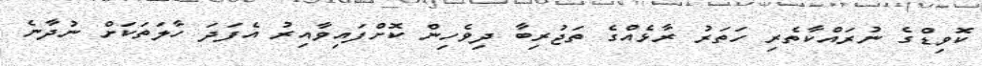
ކޮވިޑްގެ ނުރައްކާތެރި ހަތަރު ރާޅެއްގެ ތަޖުރިބާ ދިވެހިން ކޮށްފައިވާއިރު އެފަދަ ހާލަތަކަށް ނުދާނެ